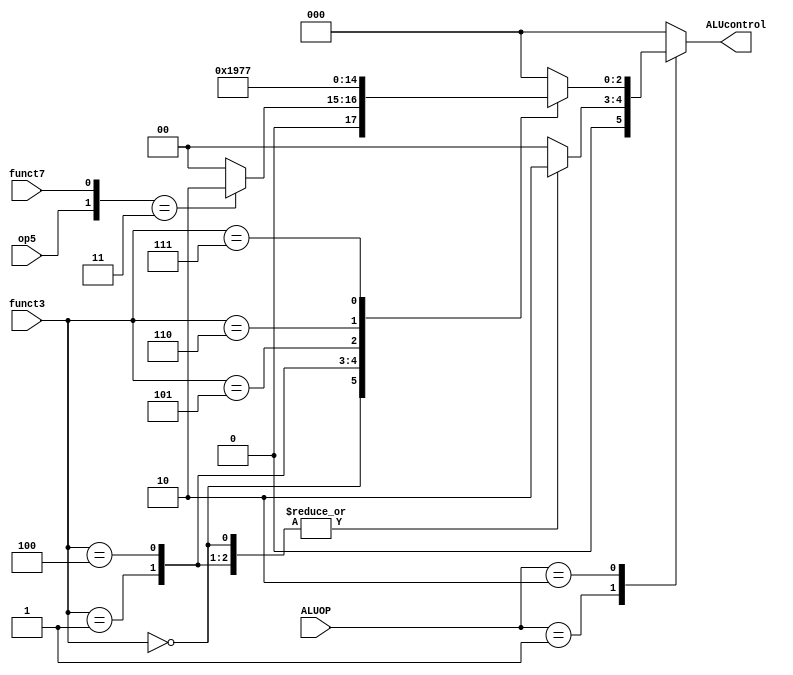
module ALUDecoder(input [2:0]funct3,
input funct7,op5,
input [1:0]ALUOP,
output reg [2:0]ALUcontrol);

always@(*)begin

case(ALUOP)

2'b00: ALUcontrol=3'b000;
2'b01:begin case(funct3) 
	3'b000:ALUcontrol=3'b010;
	3'b001:ALUcontrol=3'b010;
	3'b100:ALUcontrol=3'b010;
	default:ALUcontrol=3'b000;endcase end
2'b10:begin case(funct3)
	3'b000:begin if({op5,funct7}==2'b11)
		ALUcontrol=3'b010;
		else
		ALUcontrol=3'b000; end
	3'b001:ALUcontrol=3'b001;
	3'b100:ALUcontrol=3'b100;
	3'b101:ALUcontrol=3'b101;
	3'b110:ALUcontrol=3'b110;
	3'b111:ALUcontrol=3'b111;
	default:ALUcontrol=3'b000;
	endcase end
default:ALUcontrol=3'b000;

endcase

end
endmodule